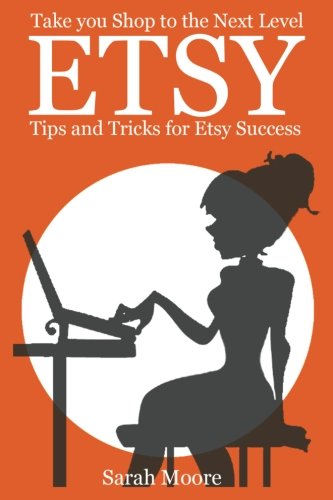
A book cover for Etsy: Tips, Tricks, and Hacks for Successful Selling on Etsy (Etsy Free Kindle Books, Etsy Seo, Etsy Empire, Ebay, Amazon, Selling Online, Make Money Online. Selling on Ebay, FBA Selling,); Sarah Moore; Computers & Technology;